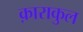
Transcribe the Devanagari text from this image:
क़ाराकुल